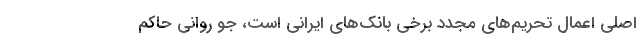
اصلی اعمال تحریم‌های مجدد برخی بانک‌های ایرانی است، جو روانی حاکم